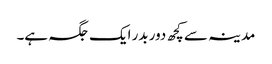
مدینہ سے کچھ دور بدر ایک جگہ ہے۔